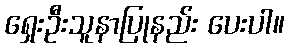
ရှေးဦးသူနာပြုနည်း ပေးပါ။